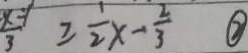
\frac { x - 1 } { 3 } \geq \frac { 1 } { 2 } x - \frac { 2 } { 3 } \textcircled { 2 }